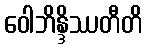
ဝေါဘိန္ဒိဿတီတိ